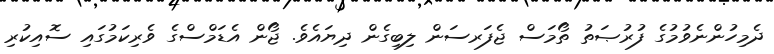
ދެމިހުންނެވުމުގެ ފުރުޞަތު ތޯމަސް ޖެފަރސަން ލިބިގެން ދިޔައެވެ. ޖޯން އެޑަމްސްގެ ވެރިކަމުގައި ސޮއިކުރި